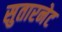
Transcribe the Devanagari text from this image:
सुतारनेट